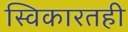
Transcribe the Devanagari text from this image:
स्विकारतही